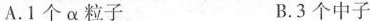
A.1个α粒子 B.3个中子